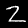
Label: 2